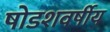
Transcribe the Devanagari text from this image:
षोडशवर्षीय